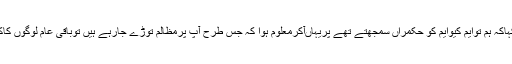
انہوں نے کہاکہ ہم توایم کیوایم کو حکمراں سمجھتے تھے پریہاںآکرمعلوم ہوا کہ جس طرح آپ پرمظالم توڑے جارہے ہیں توباقی عام لوگوں کاکیاحال ہوگا۔